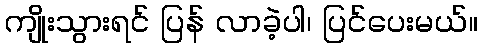
ကျိုးသွားရင် ပြန် လာခဲ့ပါ၊ ပြင်ပေးမယ်။